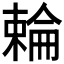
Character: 𬄍